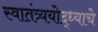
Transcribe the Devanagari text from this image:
स्वातंत्र्ययोद्‌ध्याचे